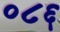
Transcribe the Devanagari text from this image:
०८६